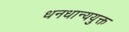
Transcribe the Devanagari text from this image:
धनधान्ययुक्त